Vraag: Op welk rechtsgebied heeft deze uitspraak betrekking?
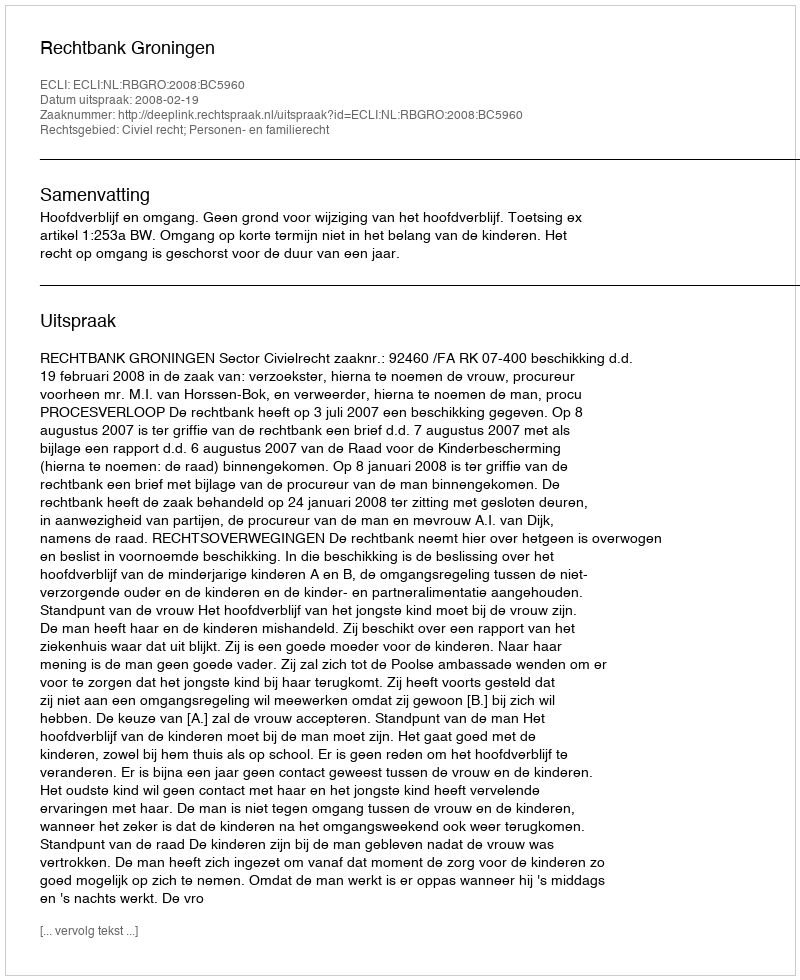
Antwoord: Civiel recht; Personen- en familierecht